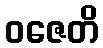
ဝဇေတိ